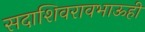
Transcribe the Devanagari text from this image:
सदाशिवरावभाऊही